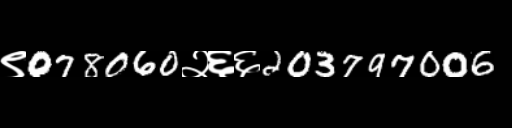
Text: ९078060२६६203797006